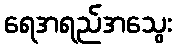
ရေအရည်အသွေး